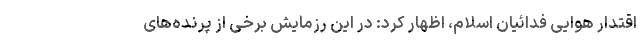
اقتدار هوایی فدائیان اسلام، اظهار کرد: در این رزمایش برخی از پرنده‌های